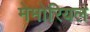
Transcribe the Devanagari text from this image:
मेमोरियल